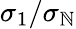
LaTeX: \sigma_{1}/\sigma_{\mathbb{N}}